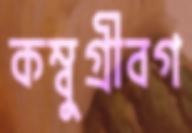
কম্বুগ্রীবগ